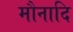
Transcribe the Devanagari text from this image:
मौनादि